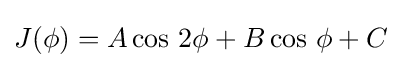
J(\phi )=A\cos \,2\phi +B\cos \,\phi +C